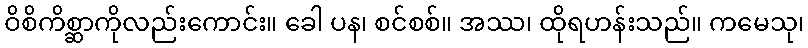
ဝိစိကိစ္ဆာကိုလည်းကောင်း။ ခေါ ပန၊ စင်စစ်။ အဿ၊ ထိုရဟန်းသည်။ ကမေသု၊